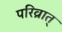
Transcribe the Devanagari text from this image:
परिव्रात्